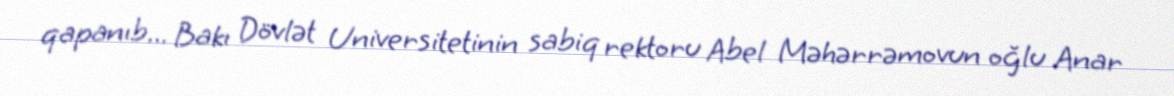
qapanıb... Bakı Dövlət Universitetinin sabiq rektoru Abel Məhərrəmovun oğlu Anar